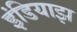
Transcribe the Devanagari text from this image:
इंडियाझ